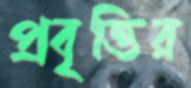
প্রবৃত্তির